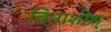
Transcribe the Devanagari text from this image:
विनाशीश्